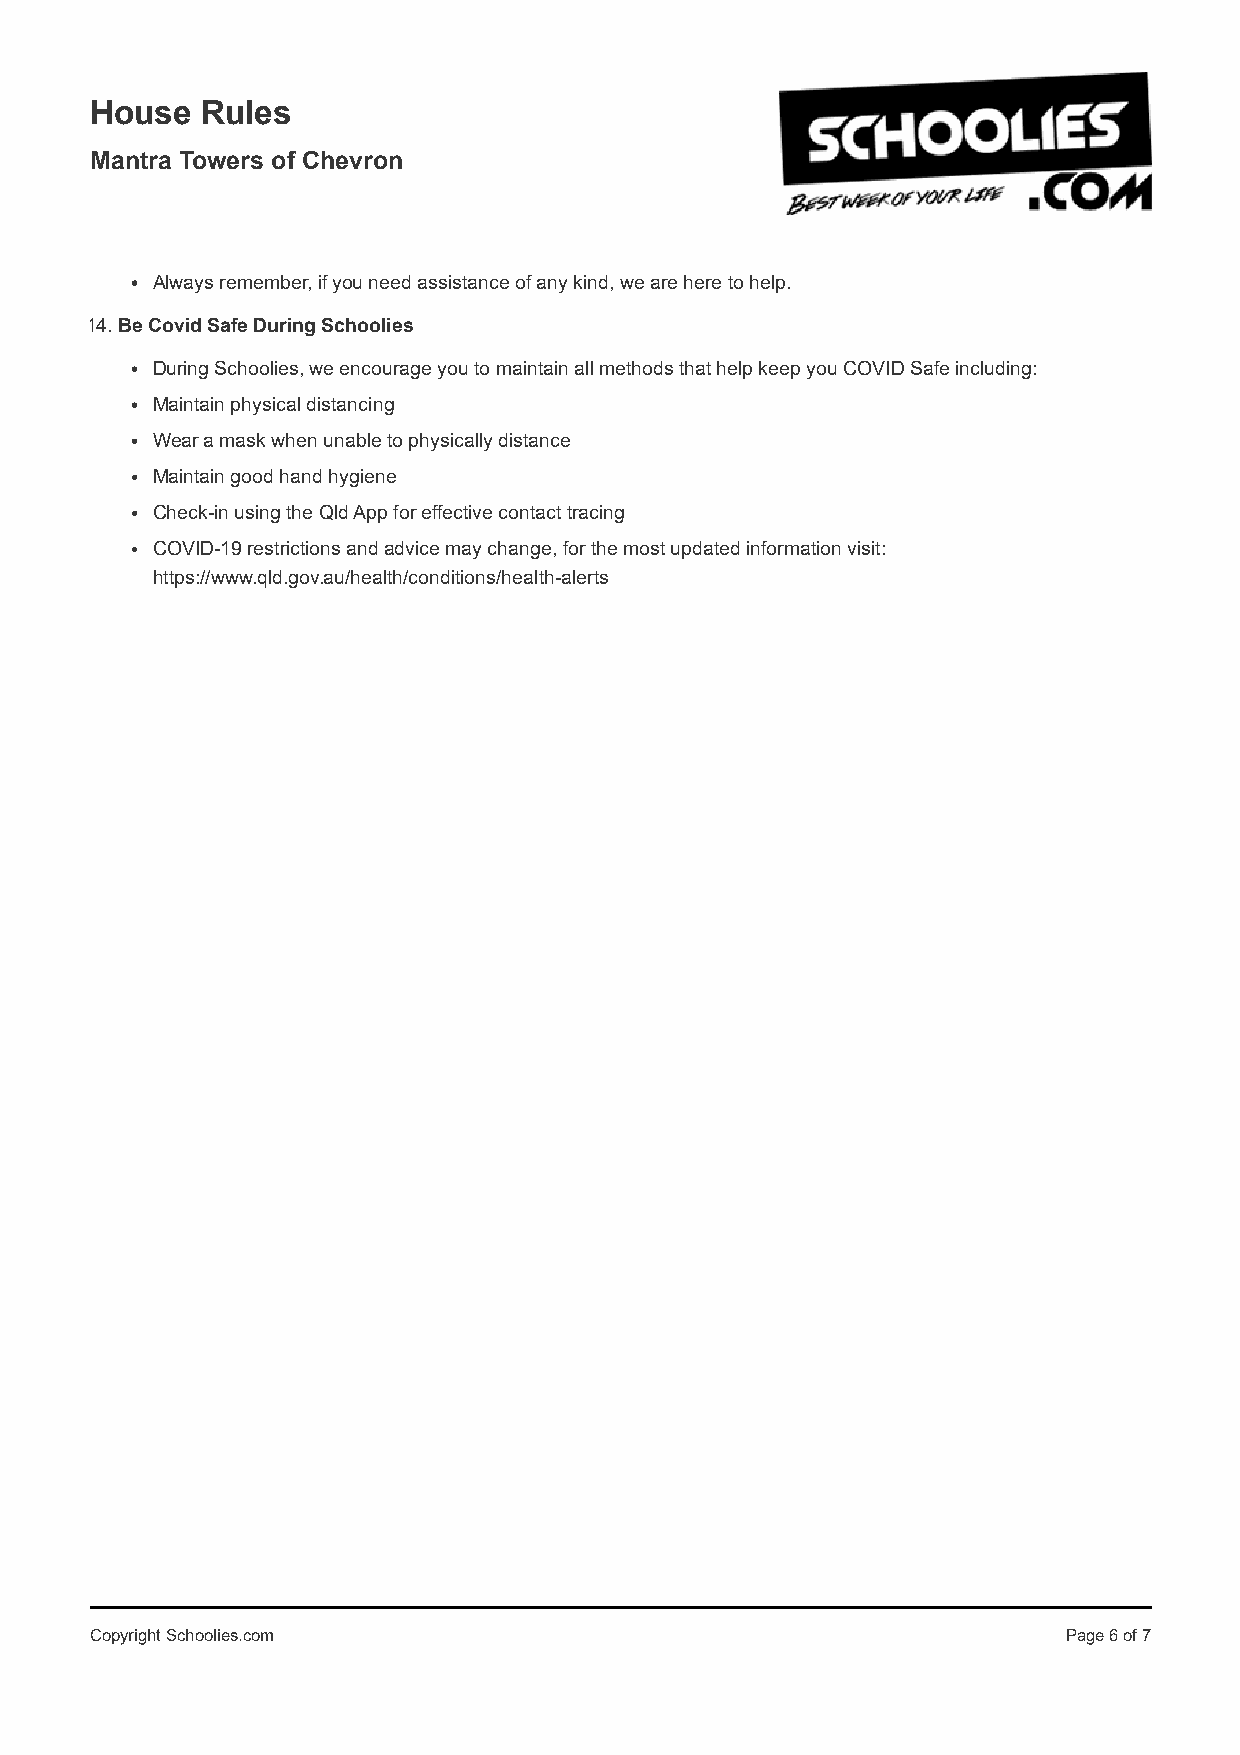
House  Rules
 Mantra Towers of Chevron
 Always remember, if you need assistance of any kind, we are here to help.
 14. Be Covid Safe During Schoolies
 During Schoolies, we encourage you to maintain all methods that help keep you COVID Safe including:
 Maintain physical distancing
 Wear a mask when unable to physically distance
 Maintain good hand hygiene
 Check-in using the Qld App for effective contact tracing
 COVID-19 restrictions and advice may change, for the most updated information visit:
 https://www.qld.gov.au/health/conditions/health-alerts
 Copyright Schoolies.com                                          Page 6 of 7